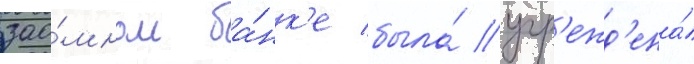
зао́мном ба́нк'е была́ учр'ежд'ена́